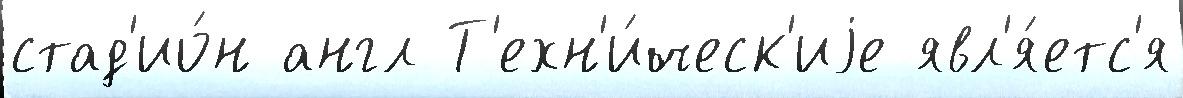
стад'ио́н англ Т'ехн'и́ческ'иjе явл'я́етс'я